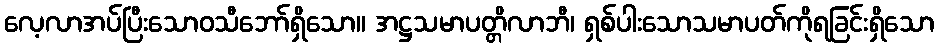
လေ့လာအပ်ပြီးသောဝသီဘော်ရှိသော။ အဋ္ဌသမာပတ္တိလာဘီ၊ ရှစ်ပါးသောသမာပတ်ကိုရခြင်းရှိသော